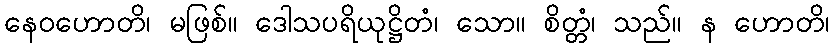
နေဝဟောတိ၊ မဖြစ်။ ဒေါသပရိယုဋ္ဌိတံ၊ သော။ စိတ္တံ၊ သည်။ န ဟောတိ၊